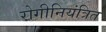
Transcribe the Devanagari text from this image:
रोगीनियंत्रित